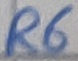
Text: R6